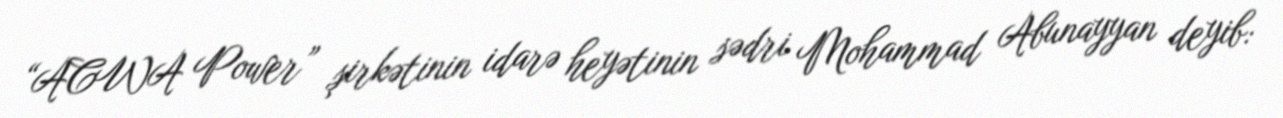
“ACWA Power” şirkətinin idarə heyətinin sədri Mohammad Abunayyan deyib: